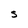
Character: s